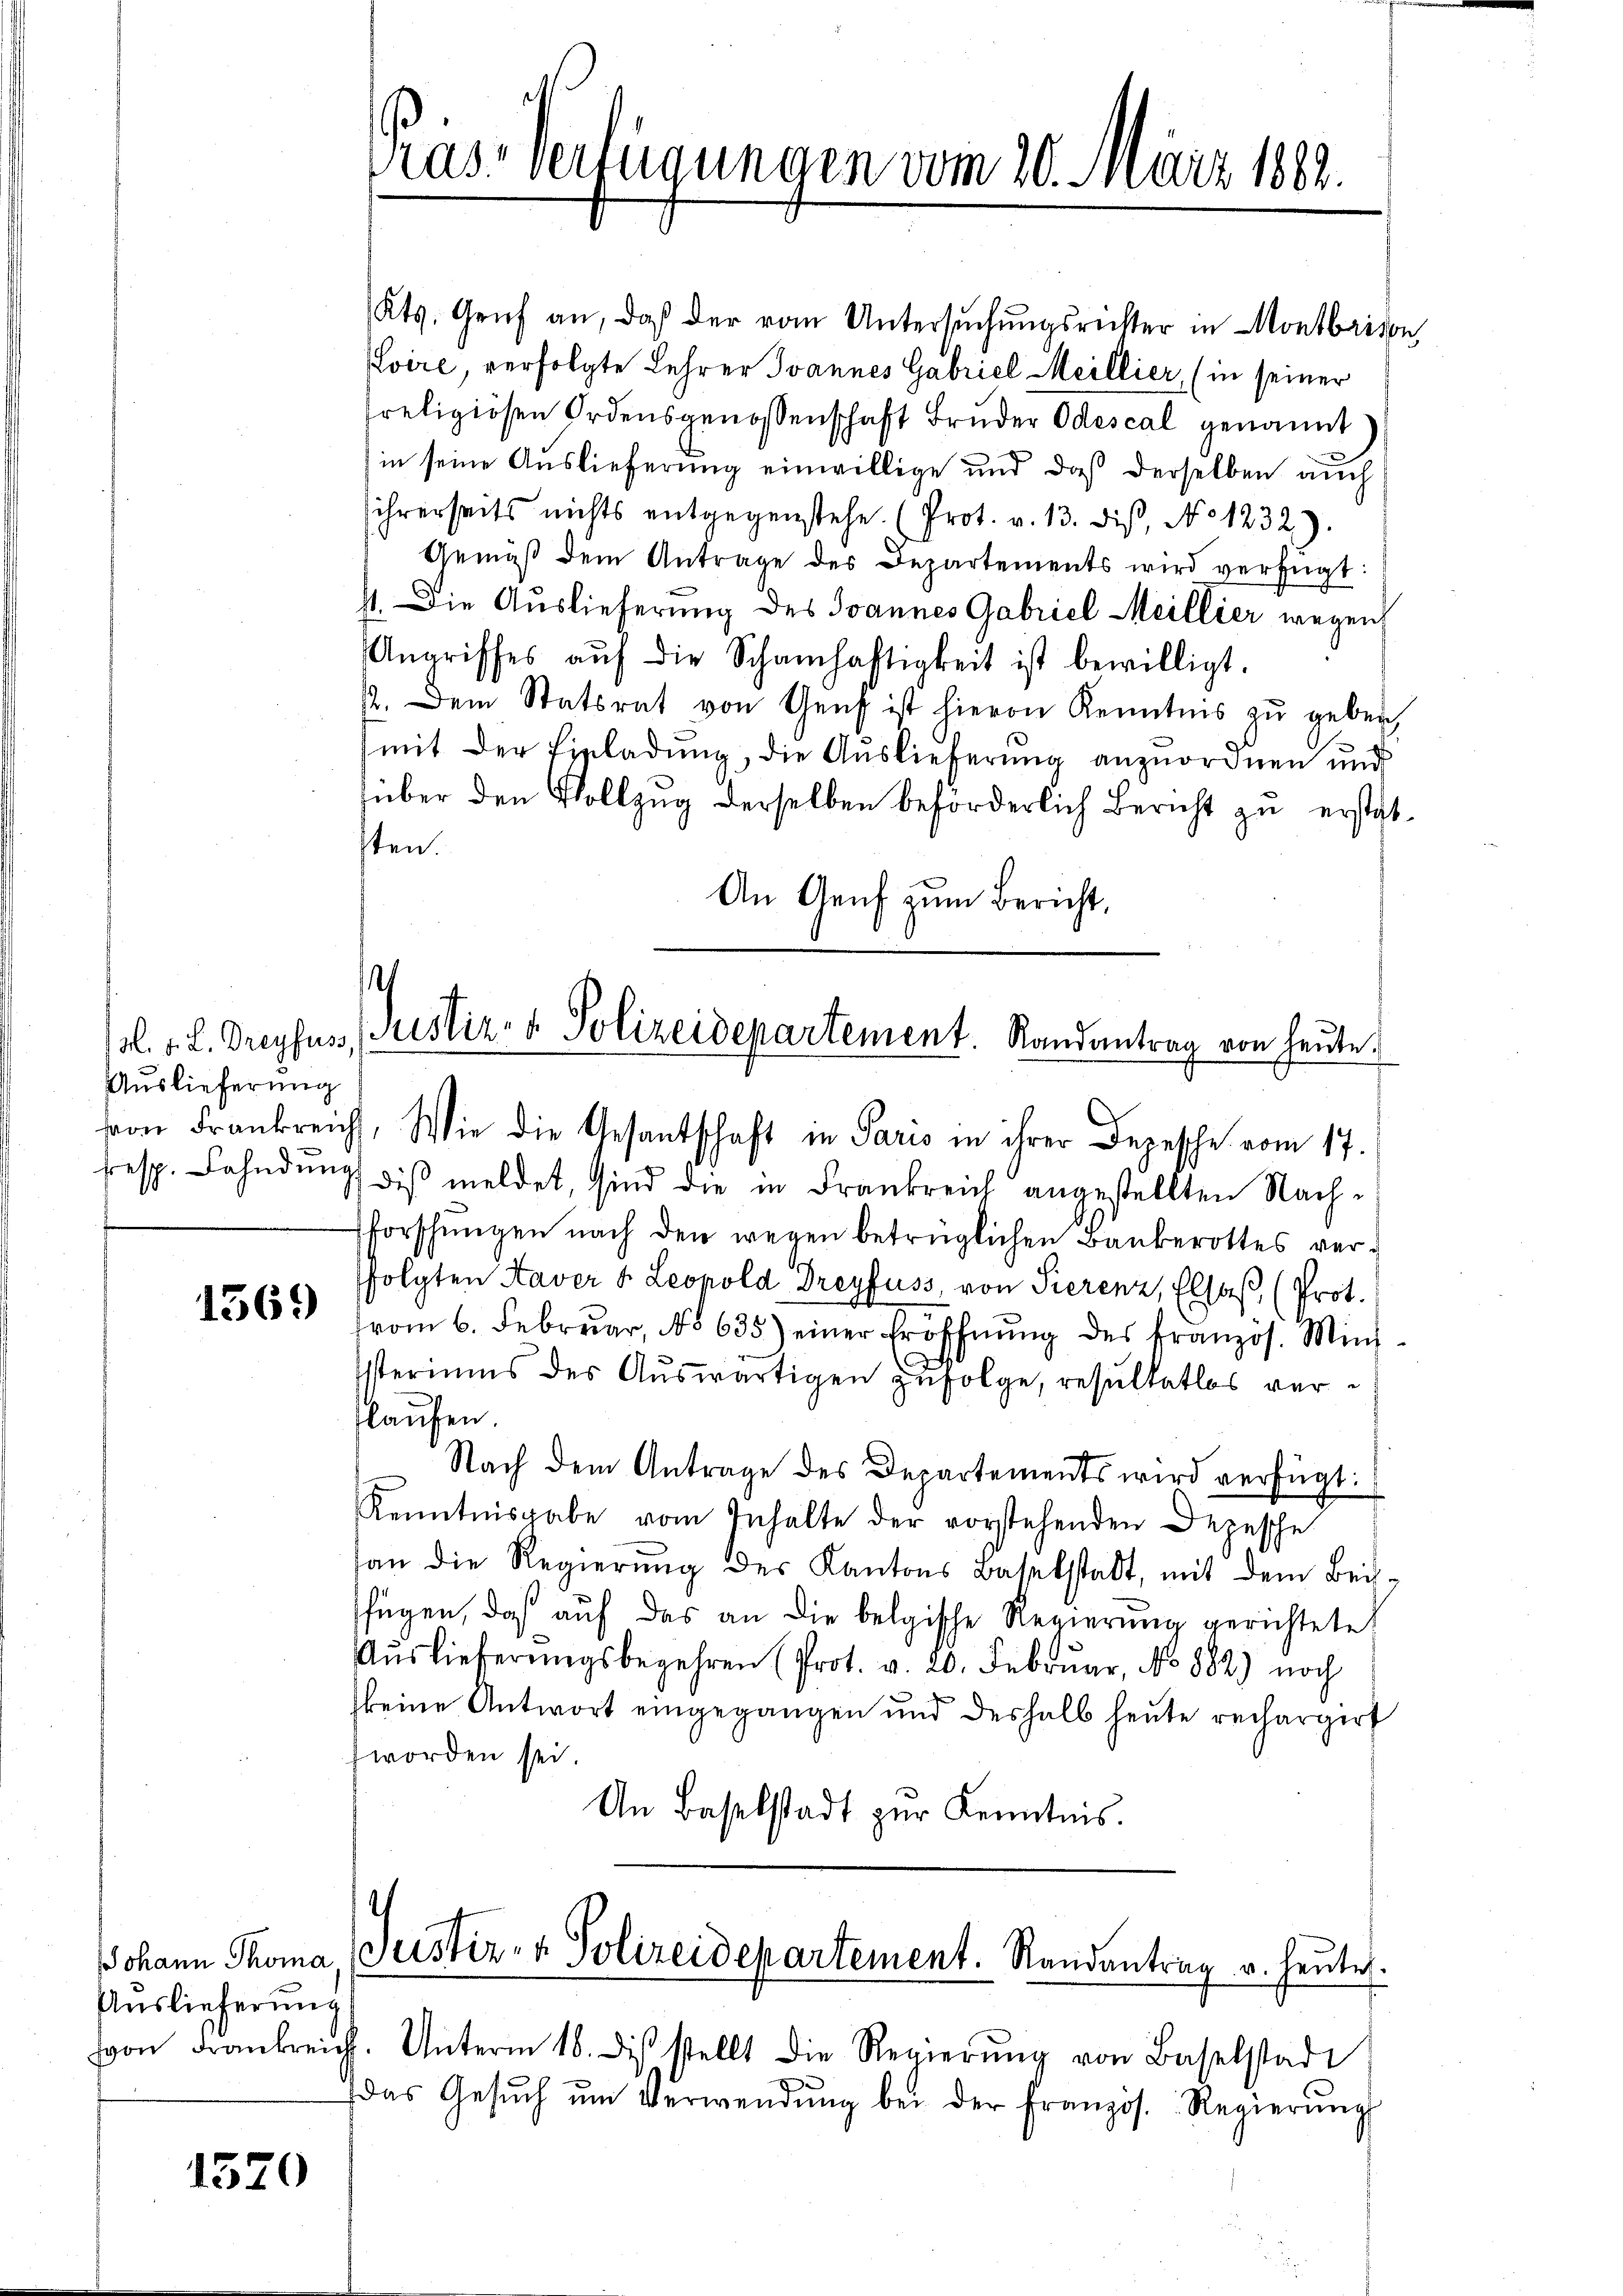
Auslieferung

1569

Auslieferung
von Frankreich
J

1570

Kts. Genf an, daß der vom Untersuchungsrichter in Montbrison,
Lvire, verfolgte Lehrer Ivannes Gabriel Meillier, (in seiner
Preligiösen Ordensgenossenschaft Bruder Odescal genannt
in seine Auslieferung einwillige und daß derselben auch
ihrerseits nichts entgegenstehe. (Prot. v. 13. diβ, No 1232).
Gemäβ dem Antrage des Departements wird verfügt:
st. Die Auslieferung des Joannes Gabriel Meillier wegen
Angriffes aŭf die Schamhaftigkeit ist bewilligt.
. Dem Statsrat von Genf ist hievon Kenntnis zŭ geben,
mit der Einladung, die Auslieferung anzuordnen und
über den Vollzug derselben beförderlich Bericht zu erstatsten.
An Genf zum Bericht,

Trast verfügungen vom 20. März 1882.

.
/l. v. L. Dreyfus, Justiz- & Polizeidepartement. Randantrag von heute.

von Frankreich, Wie die Gesantschaft in Paris in ihrer Depesche vom 17.
resp. Fahndŭng diβ meldet, sind die in Frankreich angestellten Nach-
forschungen nach den wegen betrüglichen Bankerottes verfolgten Kaver u. Leopold Dreyfuss, von Pierenz, Elsaß (Prot.
vom 6. Febrŭar, No 635) einer Eröffnŭng des französ. Mini-
Isteriums des Auswärtigen zufolge, resultatlos verlaufen.
Nach dem Antrage des Departements wird verfügt:
Kenntnisgabe vom Inhalte der vorstehenden Depesche
an die Regierung des Kantons Baselstadt, mit dem Beifügen, daß auf das an die belgische Regierung gerichtete
Auslieferungsbegehren (Prot. v. 20. Februar, No 882) noch
keine Antwort eingegangen und deshalb heute rechargirt
worden sei.
An Baselstadt zur Kenntnis.

)
Johann Thoma (Justiz- & Polizeidepartement. Randantrag u. heute.

Unterm 18. die stellt die Regierŭng von Baselstadt
das Gesŭch ŭm Verwendŭng bei der Französ. Regierŭng